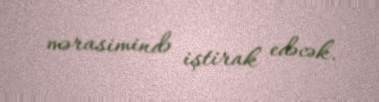
mərasimində iştirak edəcək.